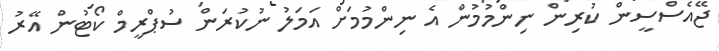
ޖޭއެސްސީން ކުރިން ނިންމުމުން އެ ނިންމުމަށް އަމަލު ނުކުރަން ސުޕްރީމް ކޯޓުން އޭރު